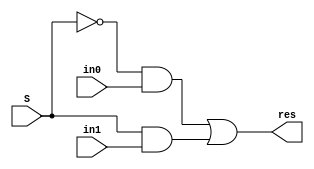
module mux2_1(res, in0, in1, S);

    output res;
    input in0, in1;
    input S;

    wire S_n;

    not not_1(S_n, S);

    and and_1(S_n_in0, S_n,in0);
    and and_2(S_in1, S, in1);
    
    or or_1(res, S_n_in0, S_in1);

endmodule